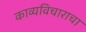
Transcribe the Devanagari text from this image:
काव्यविचाराचा